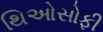
થિઓસોફી